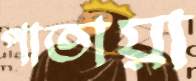
পাতায়া